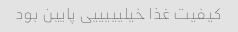
کیفیت غذا خیلیییییی پایین بود